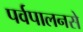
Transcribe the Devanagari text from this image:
पर्वपालनसे